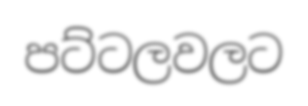
පට්ටලවලට